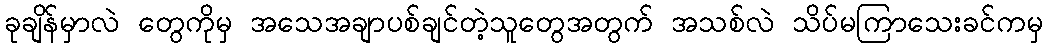
ခုချိန်မှာလဲ တွေကိုမှ အသေအချာပစ်ချင်တဲ့သူတွေအတွက် အသစ်လဲ သိပ်မကြာသေးခင်ကမှ